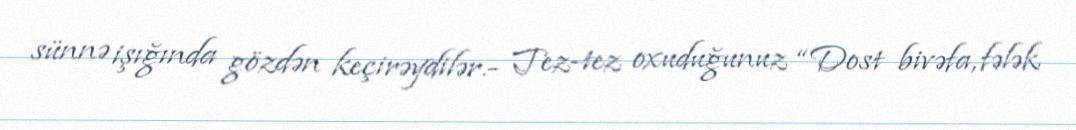
sünnə işığında gözdən keçirəydilər.- Tez-tez oxuduğunuz “Dost bivəfa, fələk